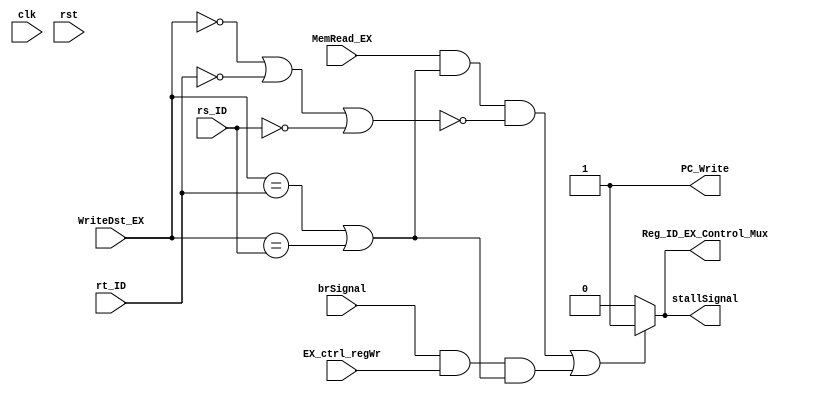
module HazardDetector ( clk, rst, 
	rs_ID, rt_ID, 
	MemRead_EX, WriteDst_EX,
	PC_Write, Reg_ID_EX_Control_Mux,
	brSignal, EX_ctrl_regWr,
	stallSignal
	);
	//Rt As Load Word - Write Destination
	
	input	clk, rst;
	input	[4:0]	rs_ID;
	input	[4:0]	rt_ID;
	input			MemRead_EX;
	input	[4:0]	WriteDst_EX;
	input    brSignal;
	input    EX_ctrl_regWr;

	output			PC_Write;
	output			stallSignal;
	output			Reg_ID_EX_Control_Mux;

	wire	[4:0]	WriteDst_EX;
	wire	[4:0]	rt_ID;
	wire	[4:0]	rs_ID;
	wire			MemRead_EX;
  
	reg PC_Write;
	reg	stallSignal;
	reg Reg_ID_EX_Control_Mux;
	reg lwH;
	reg	brH;
  
	always @(*) begin
		stallSignal = 0;
		Reg_ID_EX_Control_Mux = 0;		//From Control Decode Unit
		PC_Write = 1;
		
		lwH = MemRead_EX & ((WriteDst_EX == rt_ID) || WriteDst_EX == rs_ID) & !((WriteDst_EX == 0) || (rt_ID == 0) || (rs_ID == 0));
		brH = brSignal & EX_ctrl_regWr & ((WriteDst_EX == rt_ID) || (WriteDst_EX == rs_ID));
		if (lwH || brH)
		begin
		//PC_Write = 0;
		stallSignal = 1;
		Reg_ID_EX_Control_Mux = 1;	//From Zero (Flush All)
		end
	end
endmodule